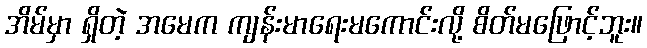
အိမ်မှာ ရှိတဲ့ အမေက ကျန်းမာရေးမကောင်းလို့ စိတ်မဖြောင့်ဘူး။